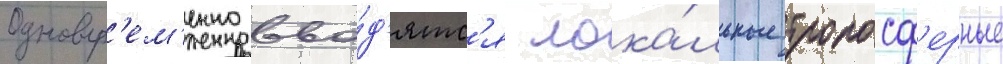
Одновр'ем'енно вво́д'ятс'я лока́льные тропосф'ерные